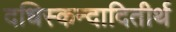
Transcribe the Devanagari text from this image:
दधिस्कन्दादितीर्थ